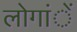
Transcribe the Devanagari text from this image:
लोगांें